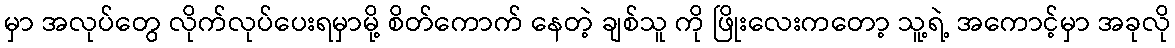
မှာ အလုပ်တွေ လိုက်လုပ်ပေးရမှာမို့ စိတ်ကောက် နေတဲ့ ချစ်သူ ကို ဖြိုးလေးကတော့ သူ့ရဲ့ အကောင့်မှာ အခုလို